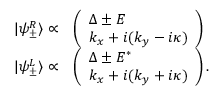
\begin{array} { r l } { | \psi _ { \pm } ^ { R } \rangle \propto } & { \left( \begin{array} { l } { \Delta \pm E } \\ { k _ { x } + i ( k _ { y } - i \kappa ) } \end{array} \right) } \\ { | \psi _ { \pm } ^ { L } \rangle \propto } & { \left( \begin{array} { l } { \Delta \pm E ^ { * } } \\ { k _ { x } + i ( k _ { y } + i \kappa ) } \end{array} \right) . } \end{array}